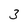
Character: 3